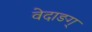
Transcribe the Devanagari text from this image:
वेदाङग्